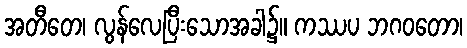
အတီတေ၊ လွန်လေပြီးသောအခါ၌။ ကဿပ ဘဂဝတော၊